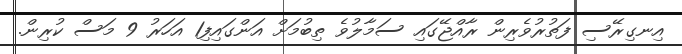
އިނގިރޭސި ފަތުރުވެރިން ރާއްޖޭގައި ސަމާލުވެ ތިބުމަށް އަންގައިފި1 އަހަރު 9 މަސް ކުރިން.